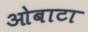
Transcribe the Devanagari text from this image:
ओबाटा